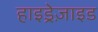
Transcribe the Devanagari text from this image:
हाइड्रेज़ाइड